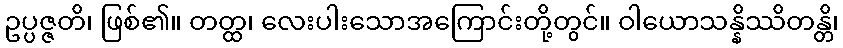
ဥပ္ပဇ္ဇတိ၊ ဖြစ်၏။ တတ္ထ၊ လေးပါးသောအကြောင်းတို့တွင်။ ဝါယောသန္နိဿိတန္တိ၊